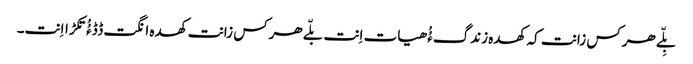
بِلّے ھرکس زانت کہ کھدہ زندگءُُ ھیات اِنت بلّے ھرکس زانت کھدہ انگت ڈڈءُُ تکڑااِنت۔